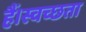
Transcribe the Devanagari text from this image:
हैं।स्वच्छता